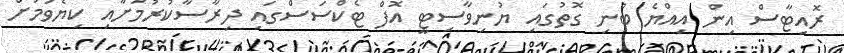
ރޮއިޓާސް އިން އިއްޔެ ބުނި ގޮތުގައި ޔުނިވާސިޓީ އޮފް ޓެކްސަސްގައި ދިރާސާކުރުމަށާއި ކިޔެވުމަށް